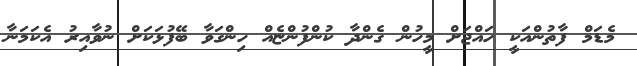
މެޑަމް ފާތުންއަކީ ހައްޖަށް މީހުން ގެންދާ ކުންފުންޏެއް ހިންގަވާ ބޭފުޅަކަށް ނުވާއިރު އެކަމަނާ